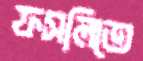
ফসলিতে